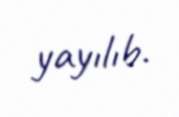
yayılıb.